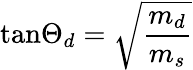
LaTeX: \mathrm{tan}\Theta_{d}=\sqrt{\frac{m_{d}}{m_{s}}}